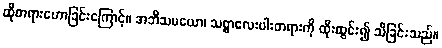
ထိုတရားဟောခြင်းကြောင့်။ အဘိသမယော၊ သစ္စာလေးပါးတရားကို ထိုးထွင်း၍ သိခြင်းသည်။